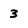
Character: 3